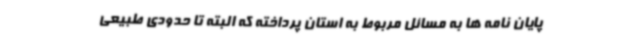
پایان نامه ها به مسائل مربوط به استان پرداخته که البته تا حدودی طبیعی